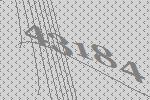
43184